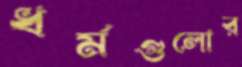
ধর্মগুলোর